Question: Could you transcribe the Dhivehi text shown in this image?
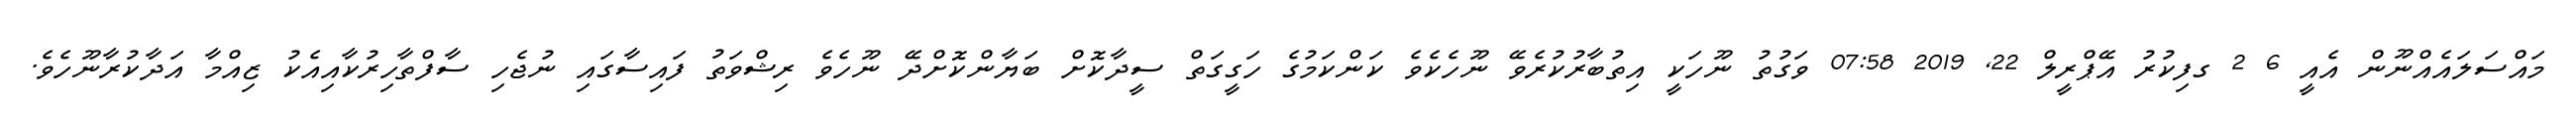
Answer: މައްސަލައެއްނޫން އެއީ 6 2 ގފިކުރު އޭޕްރީލް 22, 2019 07:58 ވަގުތު ނޫހަކީ އިތުބާރުކުރެވޭ ނޫހެކެވެ ކަންކަމުގެ ހަގީގަތް ސީދާކޮށް ބަޔާންކޮށްދޭ ނޫހެވެ ރިޝްވަތު ފައިސާގައި ނުޖެހި ސާފްތާހިރުކާއިއެކު ޒިއްމާ އަދާކުރާނޫހެވެ.